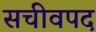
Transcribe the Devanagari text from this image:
सचीवपद